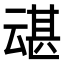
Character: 𫡶